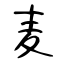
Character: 麦